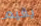
يقيم